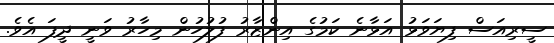
ސީރިއަސް ފިޔަވަޅު އަޅާނެ ކަމުގެ އިންޒާރު ފުލުހުން މިހާރު ވަނީ ދީފަ އެވެ.